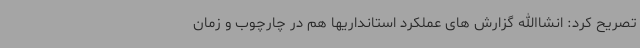
تصریح کرد: انشاالله گزارش های عملکرد استانداریها هم در چارچوب و زمان